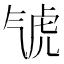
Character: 𣱤